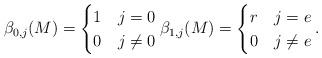
LaTeX: \begin{align*}\beta_{0,j}(M)=\begin{cases}1 & j=0\\0 & j\ne 0\end{cases}\beta_{1,j}(M)=\begin{cases}r & j=e\\0 & j\ne e\end{cases}.\end{align*}